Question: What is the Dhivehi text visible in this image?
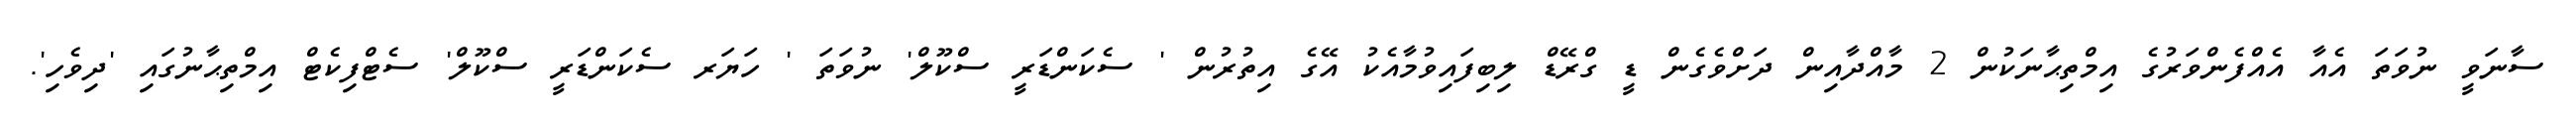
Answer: ސާނަވީ ނުވަތަ އެއާ އެއްފެންވަރުގެ އިމްތިޙާނަކުން 2 މާއްދާއިން ދަށްވެގެން ޑީ ގްރޭޑް ލިބިފައިވުމާއެކު އޭގެ އިތުރުން ' ސެކަންޑަރީ ސްކޫލް' ނުވަތަ ' ހަޔަރ ސެކަންޑަރީ ސްކޫލް' ސެޓްފިކެޓް އިމްތިޙާނުގައި 'ދިވެހި'.